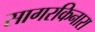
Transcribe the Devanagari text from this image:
सागरकिनारा